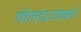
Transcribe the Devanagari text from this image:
गोलंदाजाकडे